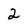
Character: 2